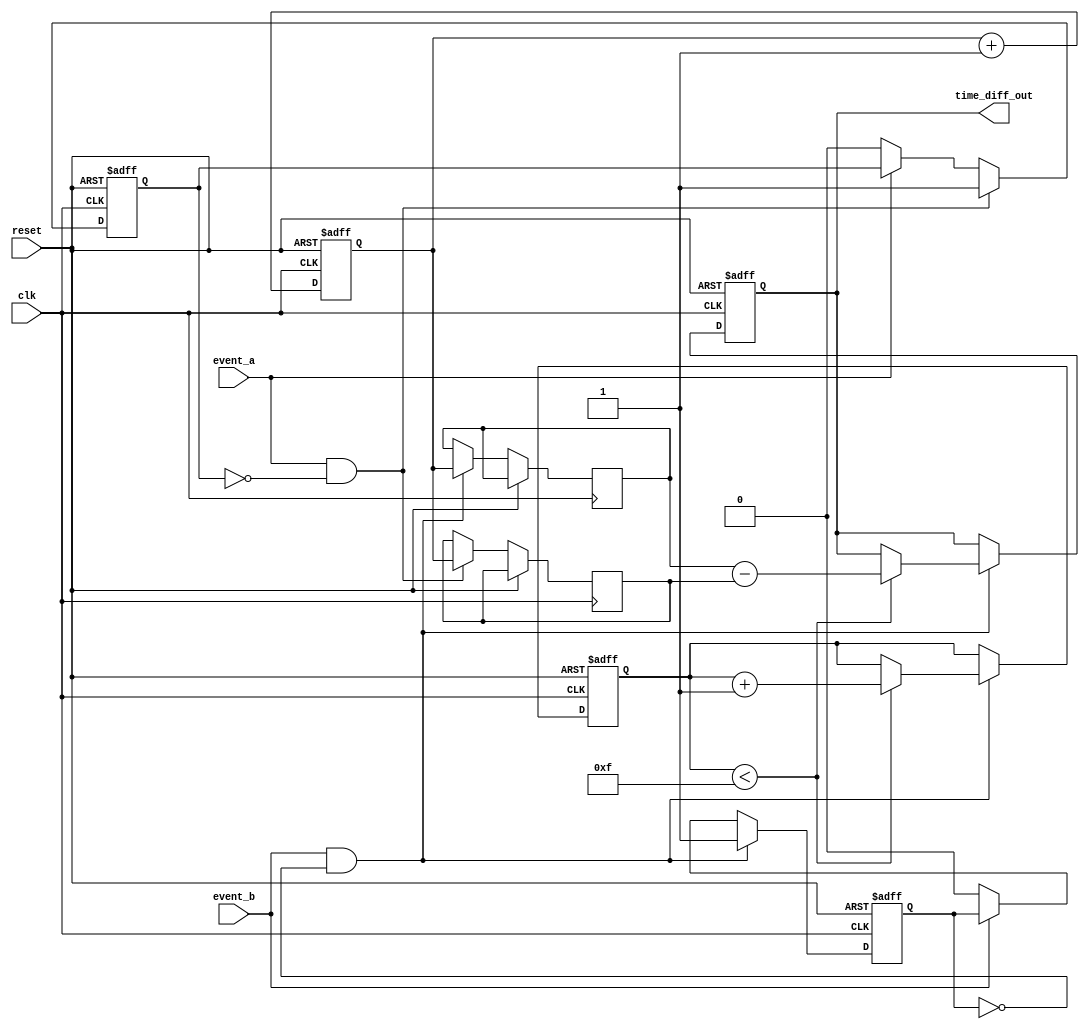
module tdc (
    input wire clk,                 // High-frequency clock input
    input wire reset,               // Reset signal
    input wire event_a,             // Event A input signal
    input wire event_b,             // Event B input signal
    output reg [15:0] time_diff_out // Output for time difference
);
    
    // Parameters
    parameter MEMORY_SIZE = 16; // Number of memory locations
    parameter DATA_WIDTH = 16;   // Width of the data in memory

    // Internal signals
    reg [DATA_WIDTH-1:0] time_memory [0:MEMORY_SIZE-1]; // Memory block
    reg [DATA_WIDTH-1:0] counter; // Time counter
    reg [3:0] current_address;     // Current memory address
    reg event_a_detected;          // Flag for event A detection
    reg event_b_detected;          // Flag for event B detection
    reg [DATA_WIDTH-1:0] time_a;   // Time at event A
    reg [DATA_WIDTH-1:0] time_b;   // Time at event B

    // Time Measurement Unit (TMU)
    always @(posedge clk or posedge reset) begin
        if (reset) begin
            counter <= 0;
            current_address <= 0;
            time_diff_out <= 0;
            event_a_detected <= 0;
            event_b_detected <= 0;
        end else begin
            counter <= counter + 1; // Increment counter on each clock cycle
            
            // Detect Event A
            if (event_a && !event_a_detected) begin
                time_a <= counter; // Capture time of event A
                time_memory[current_address] <= counter; // Store in memory
                event_a_detected <= 1; // Set event A flag
            end else if (!event_a) begin
                event_a_detected <= 0; // Reset flag when event A is not active
            end
            
            // Detect Event B
            if (event_b && !event_b_detected) begin
                time_b <= counter; // Capture time of event B
                time_memory[current_address] <= counter; // Store in memory
                event_b_detected <= 1; // Set event B flag
                
                // Calculate time difference and store it
                if (current_address < MEMORY_SIZE - 1) begin
                    time_diff_out <= time_b - time_a; // Calculate time difference
                    current_address <= current_address + 1; // Move to next memory location
                end
            end else if (!event_b) begin
                event_b_detected <= 0; // Reset flag when event B is not active
            end
        end
    end

endmodule